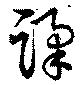
蹂